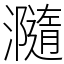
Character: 瀡